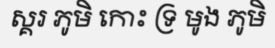
ស្គរ ភូមិ កោះ ទ្រ មូង ភូមិ